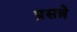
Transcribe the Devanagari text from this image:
प्रसन्ने